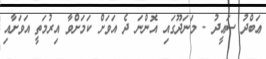
ޢަބްދު ސަޢީދު - މަނަދޫގައި އޮންނަ ދެ އަވަށް ކަމަށްވާ އިރުމަތީ އަވަށާއި